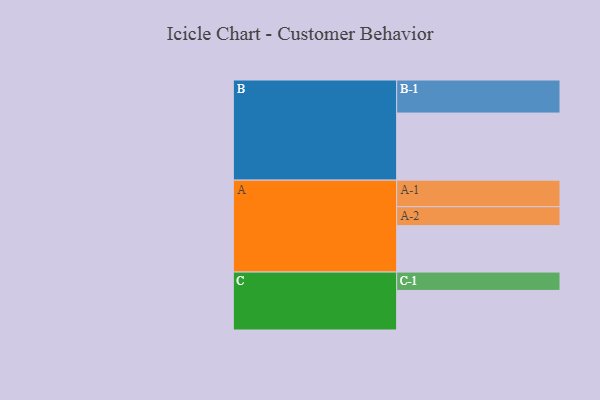
{"axis": {"x": "Segment", "y": "Value"}, "legend": ["", "A", "B", "C"], "data": [{"x": "A", "y": 385, "type": ""}, {"x": "B", "y": 556, "type": ""}, {"x": "C", "y": 328, "type": ""}, {"x": "A-1", "y": 220, "type": "A"}, {"x": "A-2", "y": 157, "type": "A"}, {"x": "B-1", "y": 274, "type": "B"}, {"x": "C-1", "y": 152, "type": "C"}]}